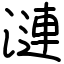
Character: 漣